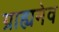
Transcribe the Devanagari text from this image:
ग्राह्यमेव